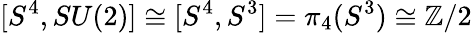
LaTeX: [S^{4},SU(2)]\cong[S^{4},S^{3}]=\pi_{4}(S^{3})\cong\mathbb{Z}/2